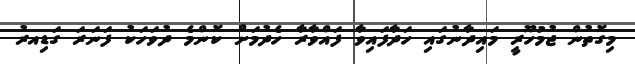
މިގޮތުން ޖުމުހޫރީ މައިދާނުގައި ހަދާފައިވާ ފައްވާރާ ހެދުމަށް ކޮންމެ ދުވަހަކު ފަނަރަ ގަޑިއރު